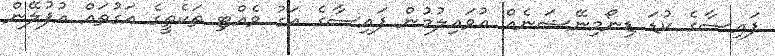
ފައިސާގެ ކުޑަ ޑިނޯމިނޭޝަނެއް އުވައިލުމުން ފައިސާގެ އަގު ވެއްޓި ތަކެތީގެ އަގުތައް އުފުލޭން